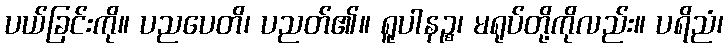
ပယ်ခြင်းကို။ ပညပေတိ၊ ပညတ်၏။ ရူပါနဉ္စ၊ မရုပ်တို့ကိုလည်း။ ပရိညံ၊